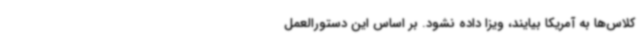
کلاس‌ها به آمریکا بیایند، ویزا داده نشود. بر اساس این دستورالعمل